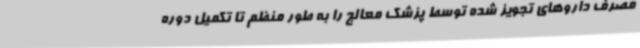
مصرف داروهای تجویز شده توسط پزشک معالج را به طور منظم تا تکمیل دوره